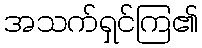
အသက်ရှင်ကြ၏